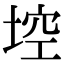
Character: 埪